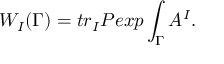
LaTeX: W _ { I } ( \Gamma ) = t r _ { I } P e x p \int _ { \Gamma } A ^ { I } .